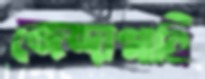
জেন্দাগানি